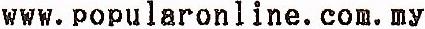
WWW.POPULARONLINE.COM.MY